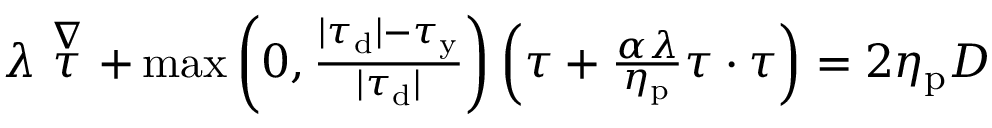
\begin{array} { r } { \lambda \stackrel { \nabla } { \boldsymbol { \tau } } + \operatorname* { m a x } \left( 0 , \frac { | \boldsymbol { \tau } _ { \mathrm { d } } | - \tau _ { \mathrm { y } } } { | \boldsymbol { \tau } _ { \mathrm { d } } | } \right) \left( \boldsymbol { \tau } + \frac { \alpha \lambda } { \eta _ { \mathrm { p } } } \boldsymbol { \tau } \cdot \boldsymbol { \tau } \right) = 2 \eta _ { \mathrm { p } } \boldsymbol { D } } \end{array}